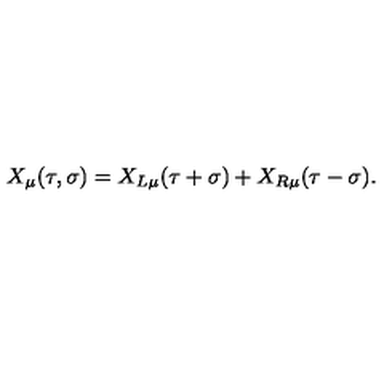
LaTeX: X _ { \mu } ( \tau , \sigma ) = X _ { L \mu } ( \tau + \sigma ) + X _ { R \mu } ( \tau - \sigma ) .